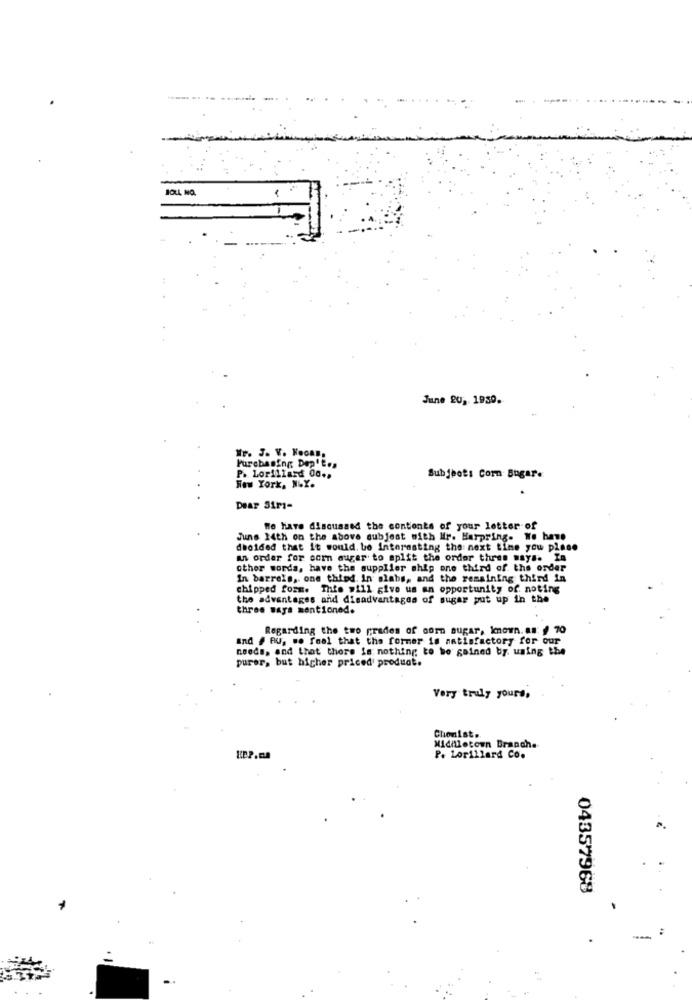
BOLL NO.
June 20, 1959.
Purchasing Dep't.s
P. Lorillard Co .,
Subjeofi Corn Bugar.
New York, NY.
Dear Sir-
We Have discussed the contents of your letter of
June 24th on the above subjest with Mr. Harpring. We have
decided that it would. be Interesting the next time you place
an order for corn auger to split the order three ways. In
other words, have the supplier ship one third of the order
In barrels, one thiod. in slabs, and the remaining third in
chipped form. This will give us an opportunity of. noting
the advantages and disadvantages of sugar put up in the
three ways mentioned.
Regarding the two prades of corn sugar, known. as: f 70
and # BU, wo fool that the former is aatisfactory for our
needs, and that there is nothing to be gained by using the
purer, but higher priced' product.
Very truly yours,
Chomist ..
Miditletoun Branche
P. Lorillard Co.
04357968